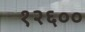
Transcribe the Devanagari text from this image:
१२६००